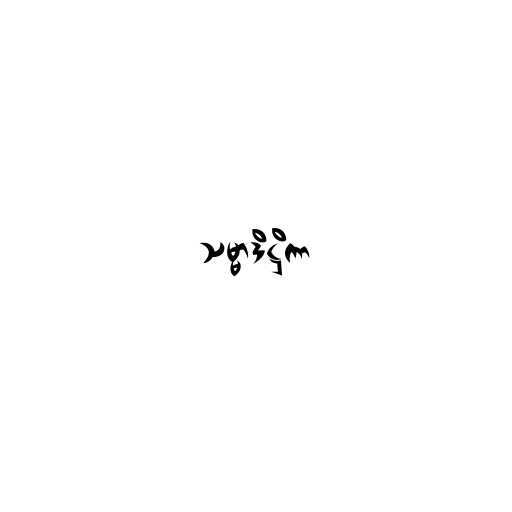
သမ္မာဒိဋ္ဌိကာ